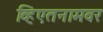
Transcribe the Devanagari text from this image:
व्हिएतनामवर